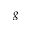
g